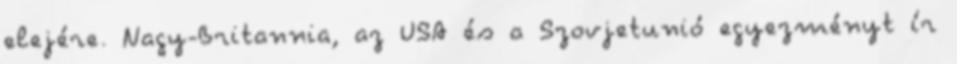
elejére. Nagy-Britannia, az USA és a Szovjetunió egyezményt ír